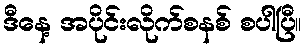
ဒီနေ့ အပိုင်းလိုက်စနစ် စပါပြီ။